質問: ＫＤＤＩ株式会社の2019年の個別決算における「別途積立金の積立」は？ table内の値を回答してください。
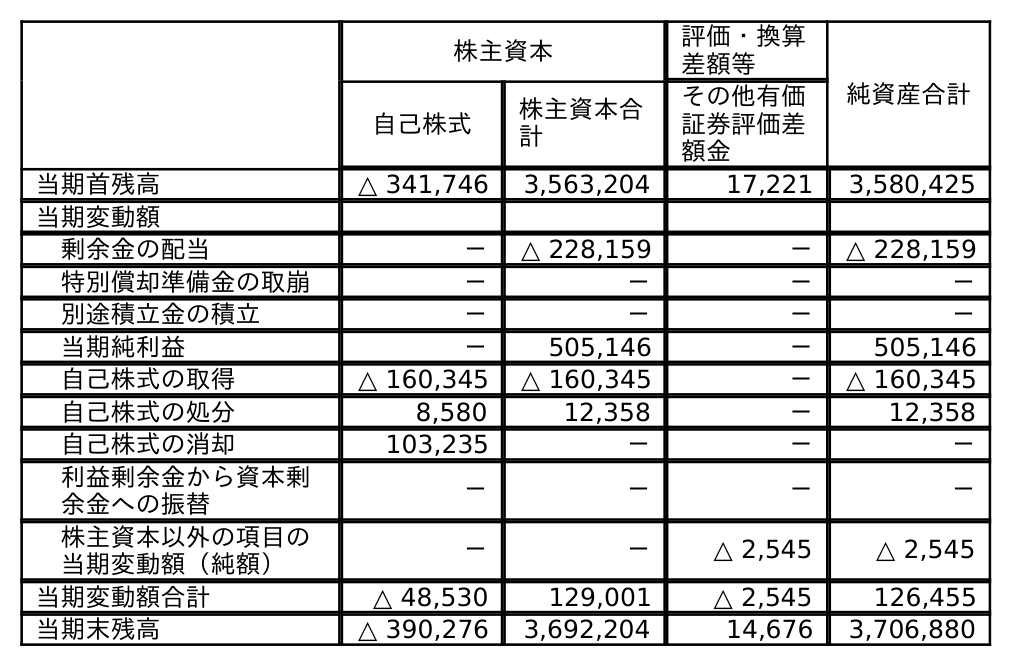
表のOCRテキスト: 株主資本 評価・換算 差額等 純資産合計 自己株式 株主資本合 計 その他有価 証券評価差 額金 当期首残高 △ 341,746 3,563,204 17,221 3,580,425 当期変動額 剰余金の配当 － △ 228,159 － △ 228,159 特別償却準備金の取崩 － － － － 別途積立金の積立 － － － － 当期純利益 － 505,146 － 505,146 自己株式の取得 △ 160,345 △ 160,345 － △ 160,345 自己株式の処分 8,580 12,358 － 12,358 自己株式の消却 103,235 － － － 利益剰余金から資本剰 余金への振替 － － － － 株主資本以外の項目の 当期変動額（純額） － － △ 2,545 △ 2,545 当期変動額合計 △ 48,530 129,001 △ 2,545 126,455 当期末残高 △ 390,276 3,692,204 14,676 3,706,880
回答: －